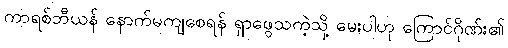
ကာရစ်ဘီယန် နောက်မကျစေရန် ရှာဖွေသကဲ့သို့ မေးပါဟု ကြောင်ဂိုဏ်း၏